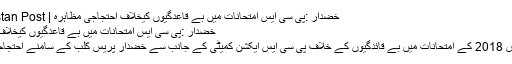
خضدار :پی سی ایس امتحانات میں بے قاعدگیوں کیخلاف احتجاجی مظاہرہ | The Balochistan Post
خضدار :پی سی ایس امتحانات میں بے قاعدگیوں کیخلاف احتجاجی مظاہرہ
خضدار پی سی ایس 2018 کے امتحانات میں بے قائدگیوں کے خلاف پی سی ایس ایکشن کمیٹی کے جانب سے خضدار پریس کلب کے سامنے احتجاجی مظاہرہ کیا گیا۔